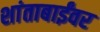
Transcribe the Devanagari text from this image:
शांताबाईंवर